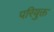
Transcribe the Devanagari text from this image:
परियुक्त